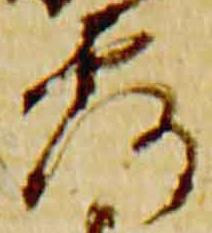
露